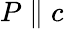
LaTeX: P\parallel{}c